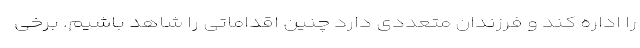
را اداره کند و فرزندان متعددی دارد چنین اقداماتی را شاهد باشیم. برخی